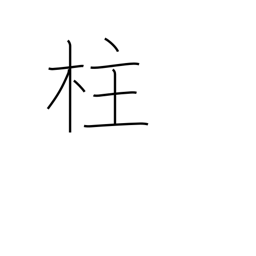
Meaning: post